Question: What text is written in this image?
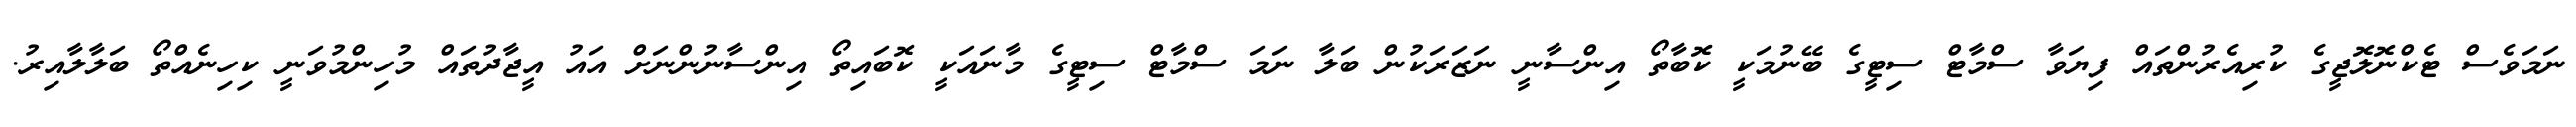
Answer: ނަމަވެސް ޓެކްނޮލޮޖީގެ ކުރިއެރުންތައް ފިޔަވާ ސްމާޓް ސިޓީގެ ބޭނުމަކީ ކޮބާތޯ އިންސާނީ ނަޒަރަކުން ބަލާ ނަމަ ސްމާޓް ސިޓީގެ މާނައަކީ ކޮބައިތޯ އިންސާނުންނަށް އައު އީޖާދުތައް މުހިންމުވަނީ ކިހިނެއްތޯ ބަލާލާއިރު.